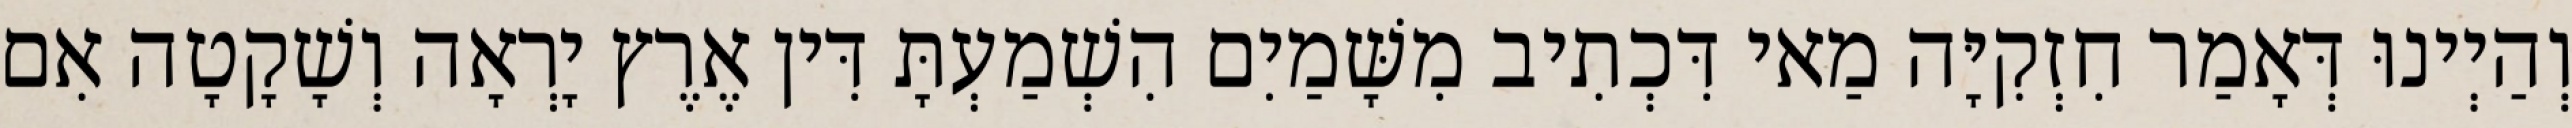
וְהַיְינוּ דְּאָמַר חִזְקִיָּה מַאי דִּכְתִיב מִשָּׁמַיִם הִשְׁמַעְתָּ דִּין אֶרֶץ יָרְאָה וְשָׁקָטָה אִם